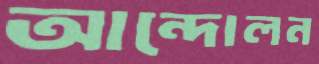
আন্দোলন